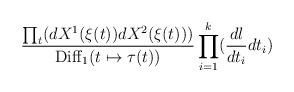
LaTeX: \begin{align*}{{\prod_t (dX^1(\xi(t))dX^2(\xi(t)))}\over{{\rm Diff}_1(t\mapsto\tau(t))}}\prod_{i=1}^k ({{dl}\over{dt_i}}dt_i)\end{align*}